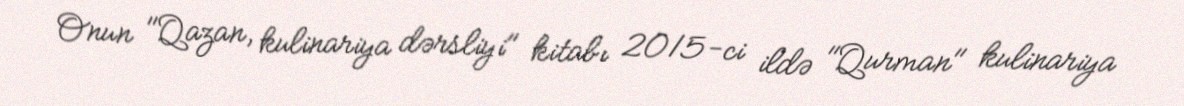
Onun "Qazan, kulinariya dərsliyi" kitabı 2015-ci ildə "Qurman" kulinariya